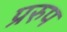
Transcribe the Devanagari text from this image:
प्ररुप